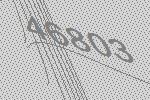
46803